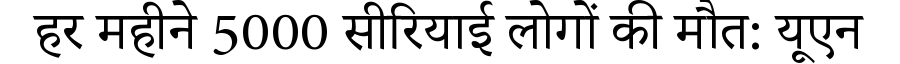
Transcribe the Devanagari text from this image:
हर महीने 5000 सीरियाई लोगों की मौत: यूएन